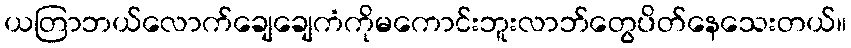
ယတြာဘယ်လောက်ချေချေကံကိုမကောင်းဘူးလာဘ်တွေပိတ်နေသေးတယ်။